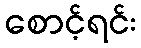
စောင့်ရင်း